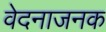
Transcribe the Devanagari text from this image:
वेदनाजनक